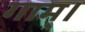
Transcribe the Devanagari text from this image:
गाम्।